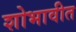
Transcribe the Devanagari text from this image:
शोभावीत